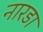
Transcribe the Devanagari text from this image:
नारडा